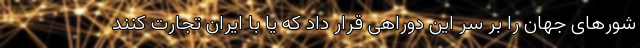
شورهای جهان را بر سر این دوراهی قرار داد که یا با ایران تجارت کنند